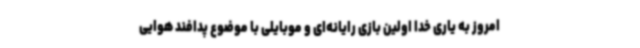
امروز به یاری خدا اولین بازی رایانه‌ای و موبایلی با موضوع پدافند هوایی